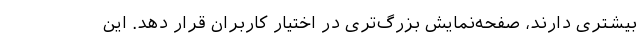
بیشتری دارند، صفحه‌نمایش بزرگ‌تری در اختیار کاربران قرار دهد. این